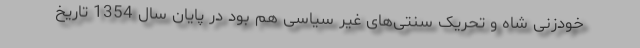
خودزنی شاه و تحریک سنتی‌های غیر سیاسی هم بود در پایان سال 1354 تاریخ